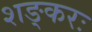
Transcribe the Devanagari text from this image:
शङ्करः